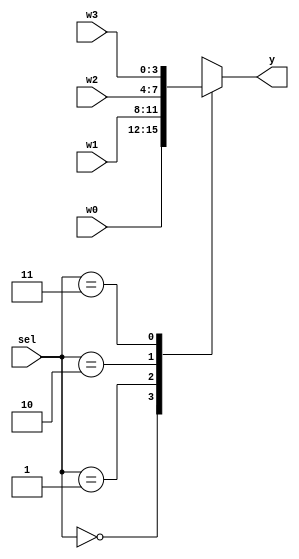
/*--  *******************************************************
--  Computer Architecture Course, Laboratory Sources 
--  Amirkabir University of Technology (Tehran Polytechnic)
--  Department of Computer Engineering (CE-AUT)
--  https://ce.aut.ac.ir
--  *******************************************************
--  All Rights reserved (C) 2019-2020
--  *******************************************************
--  Student ID  : 
--  Student Name: 
--  Student Mail: 
--  *******************************************************
--  Additional Comments:
--
--*/

/*-----------------------------------------------------------
---  Module Name: Multiplexer 4bit 4 to 1
---  Description: Lab 08 Part 1
-----------------------------------------------------------*/
`timescale 1 ns/1 ns

module multiplexer4x4 (
	input [3:0] w3 ,
	input [3:0] w2 ,
	input [3:0] w1 ,
	input [3:0] w0 ,
	input [1:0]	sel ,
	output [3:0] y
);
	
	reg [3:0] y_1;
	always @(sel, w0, w1, w2, w3)
		case(sel)
			2'b00: y_1 = w0;
			2'b01: y_1 = w1;
			2'b10: y_1 = w2;
			2'b11: y_1 = w3;
		endcase
	assign y = y_1;
endmodule